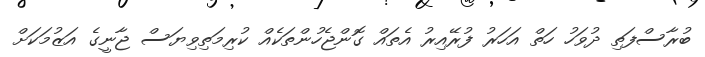
ބުރާސްފަތި ދުވަހު ހަތް އަހަރު ފުރޭއިރު އެތައް ގޮންޖެހުންތަކެއް ކުރިމަތިވިޔަސް ޖާނީގެ އަޒުމަކަށް